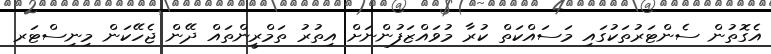
އެގޮތުން ސެންޓަރުތަކުގައި މަސައްކަތް ކުރާ މުވައްޒަފުންނަށް އިތުރު ތަމްރީންތައް ދޭން ޖެހޭކަން މިނިސްޓަރ